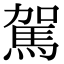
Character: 駕